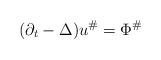
LaTeX: \begin{align*}(\partial_t-\Delta)u^\#=\Phi^\#\end{align*}